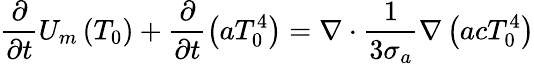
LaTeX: \frac{\partial}{\partial t}U_{m}\left(T_{0}\right)+\frac{\partial}{\partial t}\left(aT_{0}^{4}\right)=\nabla\cdot\frac{1}{3\sigma_{a}}\nabla\left(acT_{0}^{4}\right)